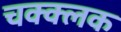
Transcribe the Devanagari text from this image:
चक्क्लक